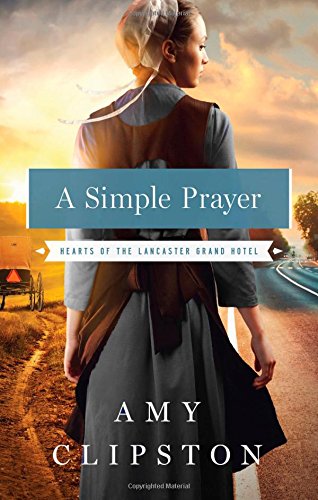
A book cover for A Simple Prayer (Hearts of the Lancaster Grand Hotel); Amy Clipston; Christian Books & Bibles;